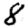
Digit: 8